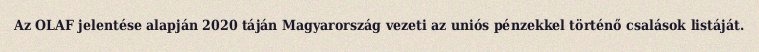
Az OLAF jelentése alapján 2020 táján Magyarország vezeti az uniós pénzekkel történő csalások listáját.